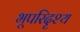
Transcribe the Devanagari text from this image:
भूपरिदृश्य